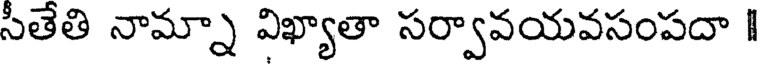
సీతేతి నామ్నా విఖ్యాతా సర్వావయవసంపదా